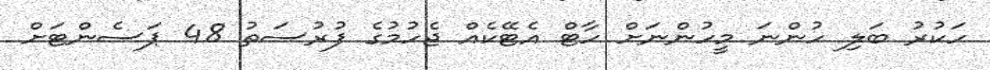
ހަކުރު ބަލި ހުންނަ މީހުންނަށް ހާޓް އެޓޭކެއް ޖެހުމުގެ ފުރުސަތު 48 ޕަސެންޓަށް